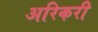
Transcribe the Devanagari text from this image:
अरिकरी